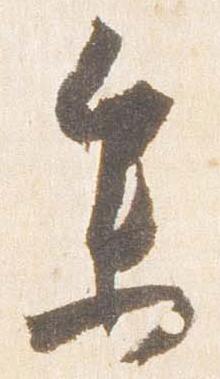
参